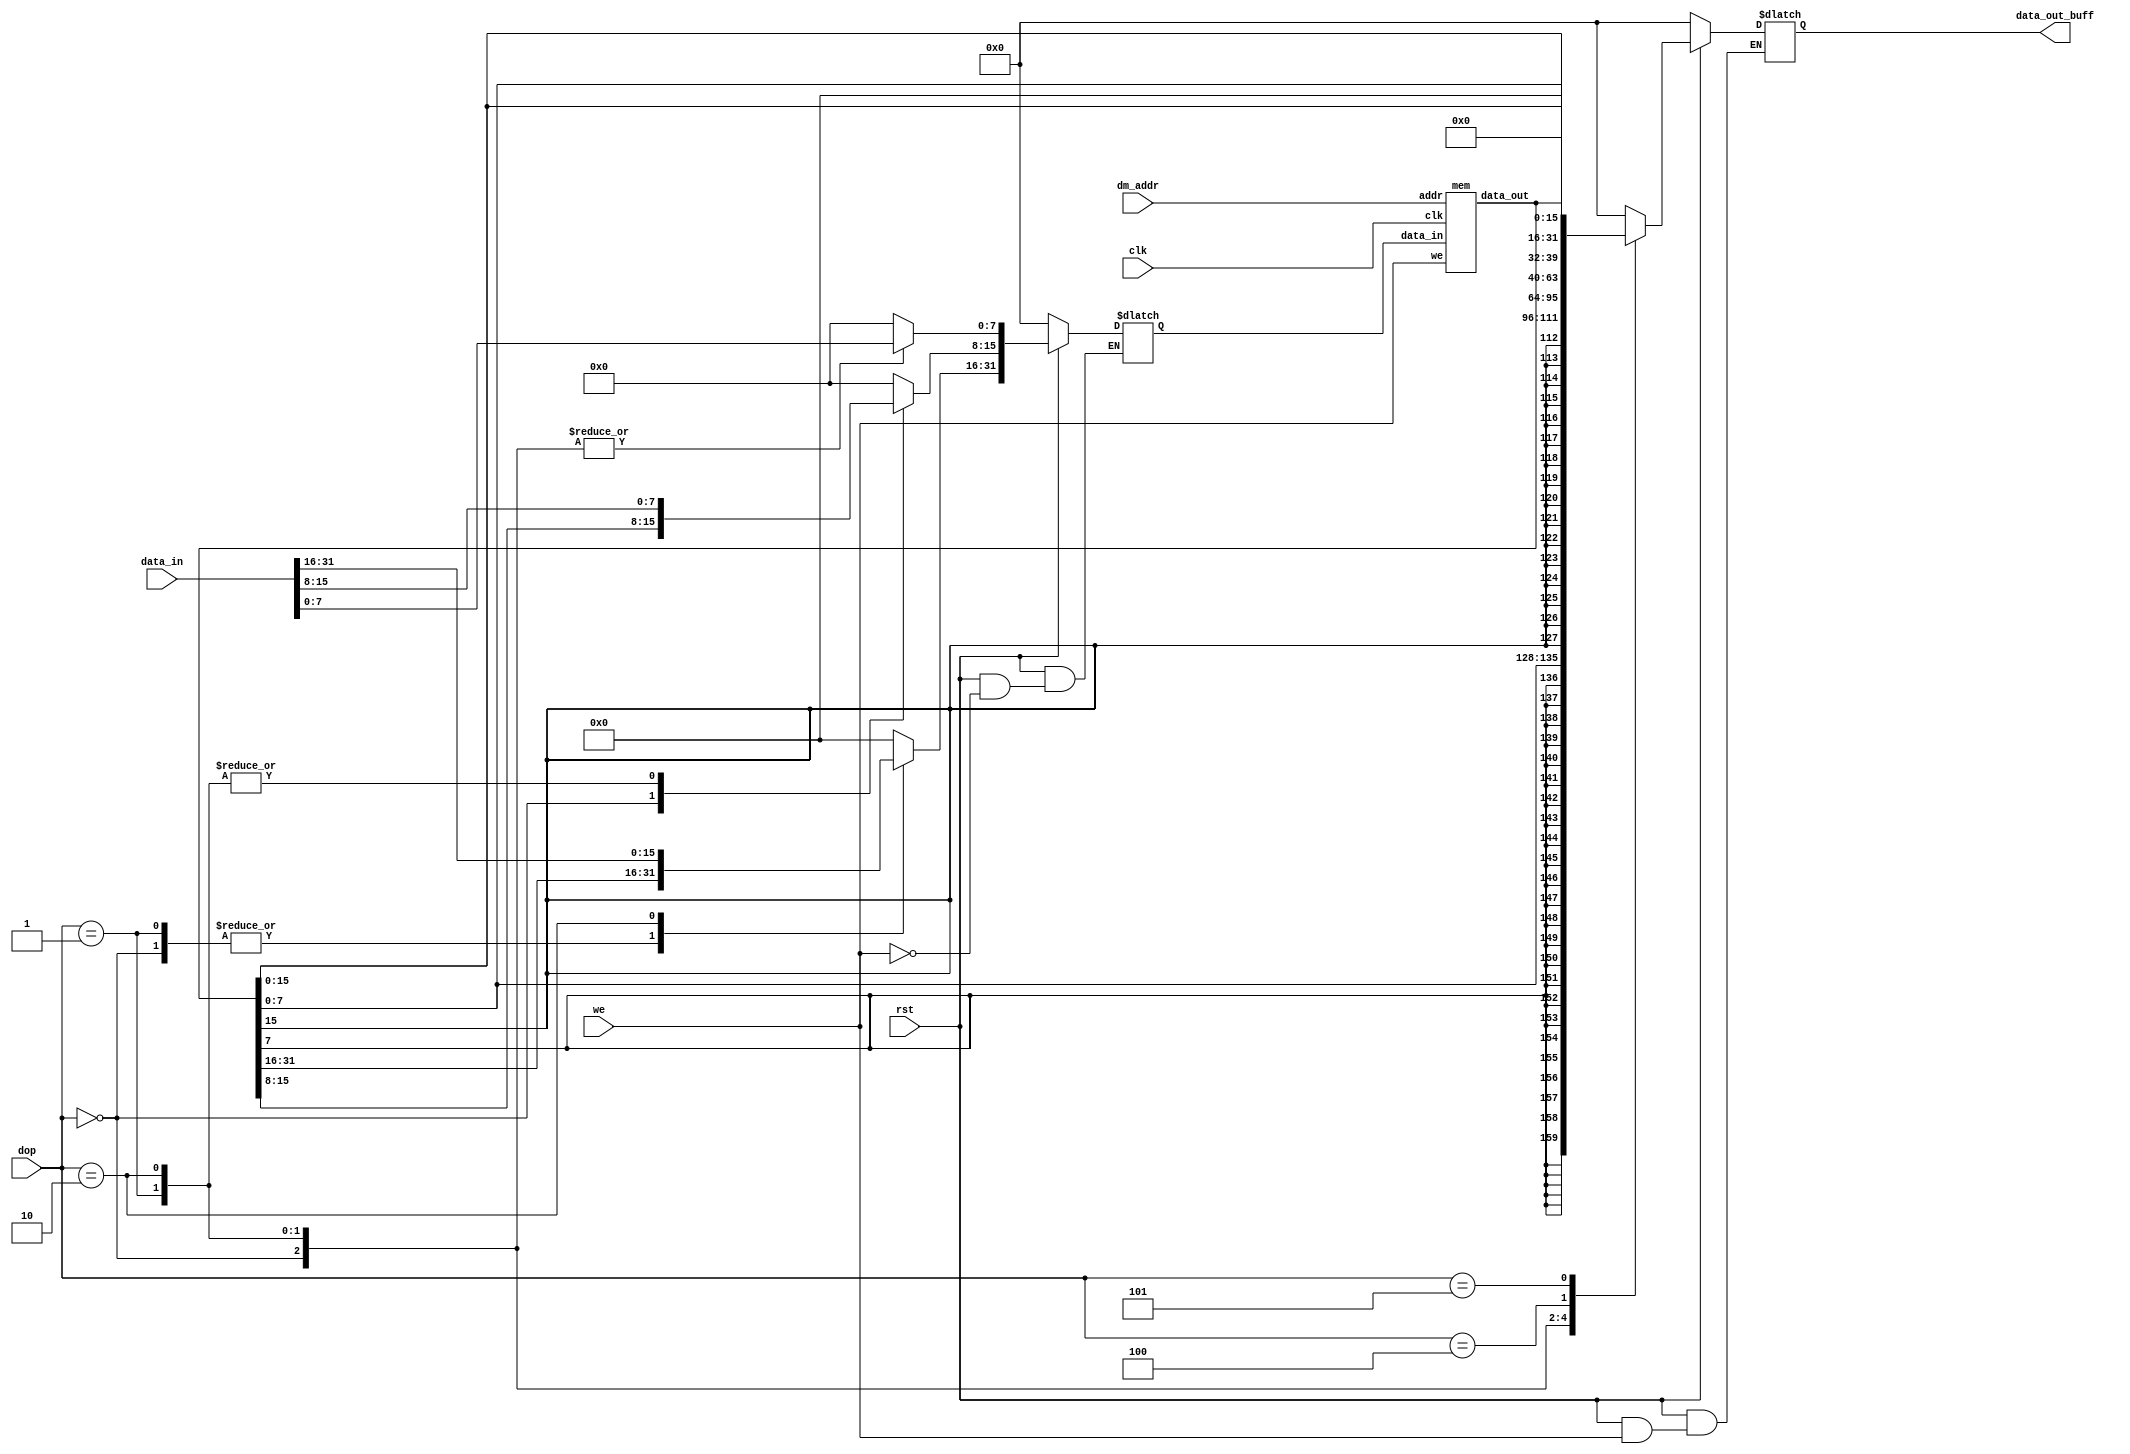
module dm_control (
    input       [2:0]   dop,                    // deside how many bytes (funct3)
    input               we,                     // enable write to memory
    input               rst,                    // form rst key
    input               clk,                    // for SAVE till next clock
    input       [31:0]  dm_addr,                // from ALU output
    input       [31:0]  data_in,                // from register rs2
    output reg [31:0]  data_out_buff                 // to mux_wb
);

    reg  [31:0] data_in_buff ;
    wire [31:0] data_out_wire ;
    mem mem_U(
        .clk(clk),
        .we(we),
        .data_in(data_in_buff),
        .data_out(data_out_wire),
        .addr(dm_addr)
    );

    always @(*) begin
        if (!rst) begin
            data_in_buff  = 32'b0;
            data_out_buff = 32'b0;
        end
        else begin
            if (we) begin
                data_in_buff = data_out_wire;
                case (dop)
                    'h0: //sb
                        data_in_buff[7:0]  = data_in[7:0]; 
                    'h1: //sh
                        data_in_buff[15:0] = data_in[15:0]; 
                    'h2: //s2
                        data_in_buff  = {data_in}; 
                    default: 
                        data_in_buff  = 32'b0;
                endcase
            end 
            else begin
                case (dop)
                    'h0: //lb
                        data_out_buff = {{24{data_out_wire[7]}}, data_out_wire[7:0]};
                    'h1: //lh 
                        data_out_buff = {{16{data_out_wire[15]}}, data_out_wire[15:0]};
                    'h2: //lw 
                        data_out_buff = {data_out_wire};
                    'h4: //lbu 
                        data_out_buff = {{24{1'b0}},         data_out_wire[7:0]}; 
                    'h5: //lhu 
                        data_out_buff = {{16{1'b0}},         data_out_wire[15:0]}; 
                    default: 
                        data_out_buff = 32'b0;
                endcase
            end
        end
    end
endmodule

module mem(
    input               clk,
    input       [31:0]  addr,
    input       [31:0]  data_in,
    output reg  [31:0]  data_out,
    input               we
    );
    reg [7:0] mem [0:1024];
    always @(*) begin
        data_out <= {mem[addr],mem[addr+1],mem[addr+2],mem[addr+3]} ;
    end
    always @(posedge clk ) begin
        if (we) begin
            {mem[addr],mem[addr+1],mem[addr+2],mem[addr+3]} <= data_in;
        end else begin
            // data_out <= {mem[addr],mem[addr+1],mem[addr+2],mem[addr+3]} ;
        end
    end 
    integer i = 0;
    initial begin
        {mem[i],mem[i+1],mem[i+2],mem[i+3]} = 'h12345678;
        i = 4;
        {mem[i],mem[i+1],mem[i+2],mem[i+3]} = 'h87654321;
    end
endmodule